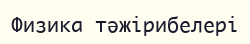
Физика тәжірибелері